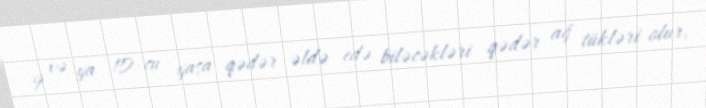
9 və ya 10-cu yaşa qədər əldə edə biləcəkləri qədər ağ tükləri olur.